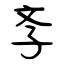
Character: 斈